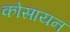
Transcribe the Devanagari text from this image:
कोसायन